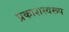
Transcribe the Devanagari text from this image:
प्रकाशस्वरूप